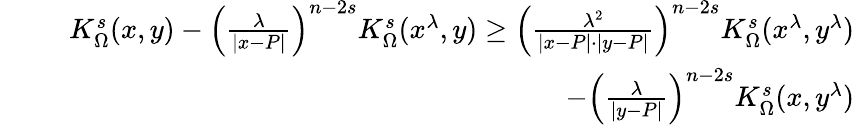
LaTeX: \begin{array}{rlr}&{}&{K_{\Omega}^{s}(x,y)-\left(\frac{\lambda}{|x-P|}\right)^{n-2s}K_{\Omega}^{s}(x^{\lambda},y)\geq\left(\frac{\lambda^{2}}{|x-P|\cdot|y-P|}\right)^{n-2s}K_{\Omega}^{s}(x^{\lambda},y^{\lambda})}\\ &{}&{\qquad\qquad\qquad\qquad\qquad\qquad\qquad\qquad\qquad-\left(\frac{\lambda}{|y-P|}\right)^{n-2s}K_{\Omega}^{s}(x,y^{\lambda})}\end{array}